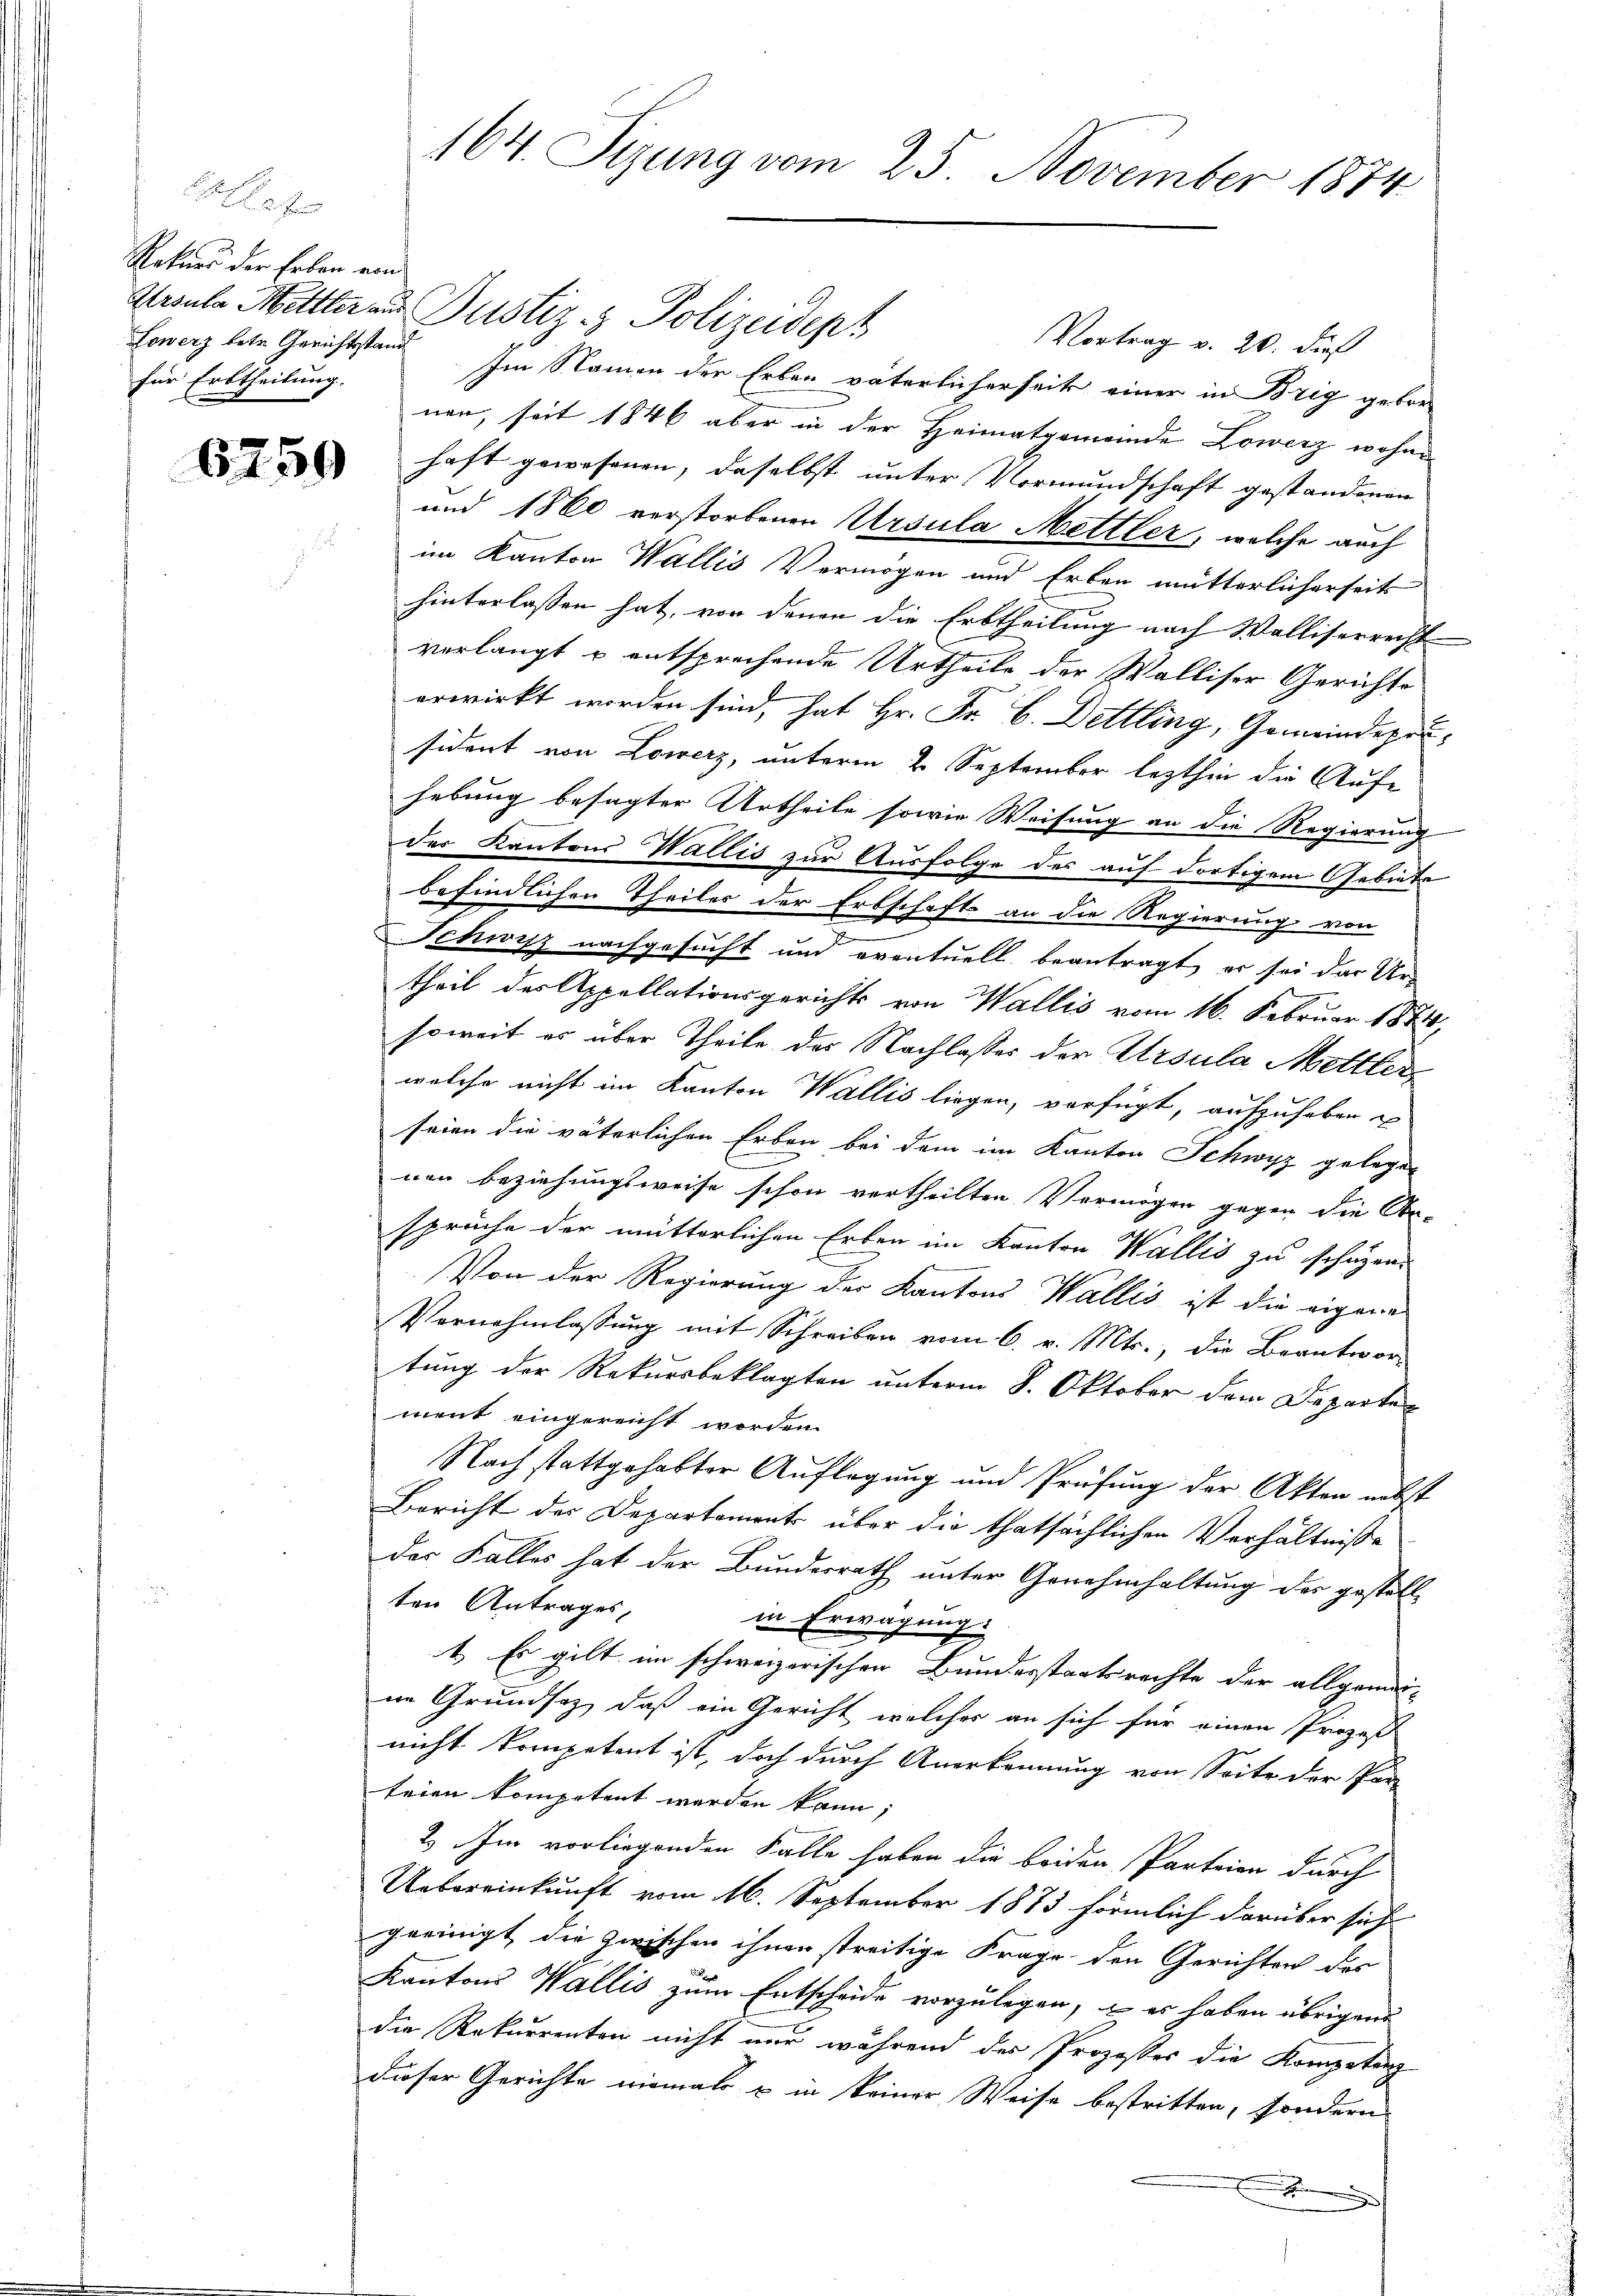
Eallet
Rekurs der Erben von
für Erbtheilung.

6759

Atroule Hettler aus Justiz- & Polizeident
Vortrag v. 20. dies
Lowerz betr. Gerichtstand Im Namen der Erben väterlicherseits einer in Brig geborenen, seit 1846 aber in der Heimatgemeinde Lowerz wohne
haft gewesenen, daselbst unter Vormundschaft gestandenen
und 1860 verstorbenen Ursula Mettler, welche auch
im Kanton Wallis Vermögen und Erben mütterlicherseits
hinterlassen hat, von denen die Erbtheilung nach Walliserrecht
verlangt u entsprechende Urtheile der Walliser Gerichte
erwirkt worden sind, hat Hr. Fr. B. Dettling, Gemeindeprusident von Lowerz, unterm 2. September lezthin die Auf-
hebung besagter Urtheile sowie Weisung an die Regierung
der Kantons Wallis zur Ausfolge des auf dortigem Gebiete
befindlichen Theiles der Erbschaft an die Regierung von
Schwyz nachgesucht und eventuell beantragt, er sei das Ur-
theil des Appellationsgerichts von Wallis vom 16. Februar 1874,
soweit es über Theile des Nachlasses der Ursula Mettler
welche nicht im Kanton Wallis liegen, verfügt, aufzuheben u
seien die väterlichen Erben bei dem im Kanton Schwyz gelegen
nen Beziehungsweise schon vertheilten Vermögen gegen die An-
d
sprüche der mütterlichen Erben im Kanton Wallis zu schützen.
Von der Regierung des Kantons Wallis ist die eigene
Vernehmlassung mit Schreiben vom 6. v. Mts., die Beantwor-
tung der Rekursbeklagten unterm 8. Oktober dem Departe
ment eingereicht worden.
Nach stattgehabter Auflegung und Prüfung der Akten nebst
Bericht der Departement über die thatsächlichen Verhältnisse
der Falles hat der Bundesrath unter Genehmhaltung der gestell-
ten Antrages,
in Erwägung.
1. Es gilt im schweizerischen Bundesstaatsrechte der allgemei-
ne Grundsaz, daß ein Gericht welcher an sich für einen Prozeß
nicht kompetent ist, doch durch Anerkennung von Seite der Par-
teien kompetent werden kann;
2.) Im vorliegenden Falle haben die beiden Parteien durch
Uebereinkunft vom 16. September 1873 förmlich darüber sich
geeinigt die zwischen ihnen streitige Frage den Gerichten des
Kantons Wallis zum Entscheide vorzulegen, – es haben übrigen
die Rekurrenten nicht nur während der Prozesser die Kompetenz
dieser Gerichte niemals u in keiner Weise bestritten, sondern
x

164. Sizung vom 25. November 1874